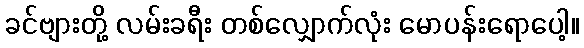
ခင်ဗျားတို့ လမ်းခရီး တစ်လျှောက်လုံး မောပန်းရောပေါ့။